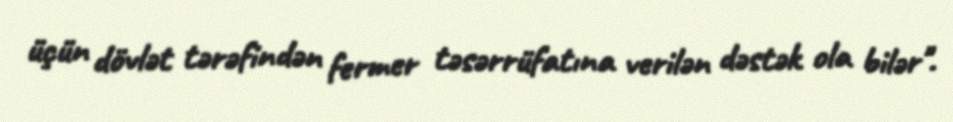
üçün dövlət tərəfindən fermer təsərrüfatına verilən dəstək ola bilər".